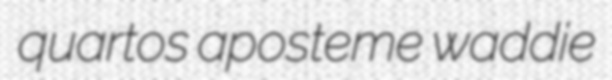
quartos aposteme waddie